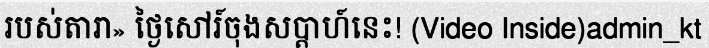
របស់តារា» ថ្ងៃសៅរ៍ចុងសប្តាហ៍នេះ! (Video Inside)admin_kt